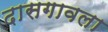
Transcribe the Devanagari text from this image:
दासगावला